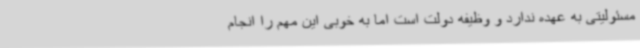
مسئولیتی به عهده ندارد و وظیفه دولت است اما به خوبی این مهم را انجام